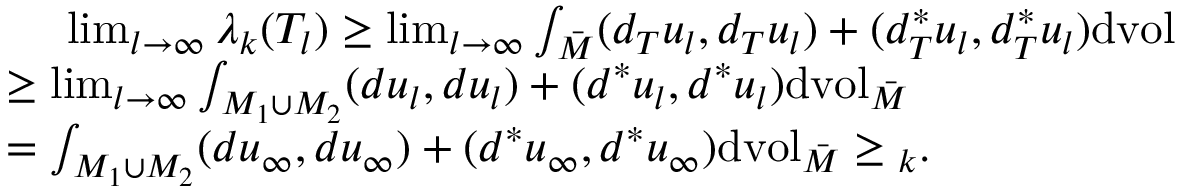
\begin{array} { r l } & { \ \ \ \ \operatorname* { l i m } _ { l \to \infty } \lambda _ { k } ( T _ { l } ) \geq \operatorname* { l i m } _ { l \to \infty } \int _ { \bar { M } } ( d _ { T } u _ { l } , d _ { T } u _ { l } ) + ( d _ { T } ^ { * } u _ { l } , d _ { T } ^ { * } u _ { l } ) \mathrm { d v o l } } \\ & { \geq \operatorname* { l i m } _ { l \to \infty } \int _ { M _ { 1 } \cup M _ { 2 } } ( d u _ { l } , d u _ { l } ) + ( d ^ { * } u _ { l } , d ^ { * } u _ { l } ) \mathrm { d v o l } _ { \bar { M } } } \\ & { = \int _ { M _ { 1 } \cup M _ { 2 } } ( d u _ { \infty } , d u _ { \infty } ) + ( d ^ { * } u _ { \infty } , d ^ { * } u _ { \infty } ) \mathrm { d v o l } _ { \bar { M } } \geq \l _ { k } . } \end{array}